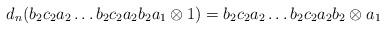
LaTeX: \begin{align*}d_n(b_2c_2a_2 \dots b_2c_2a_2b_2a_1 \otimes 1) = b_2c_2a_2 \dots b_2c_2a_2b_2 \otimes a_1\end{align*}